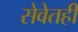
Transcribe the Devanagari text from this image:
सेवेतही